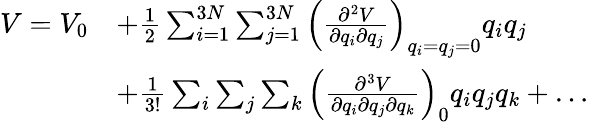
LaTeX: \begin{array}{rl}{V=V_{0}}&{+\frac{1}{2}\sum_{i=1}^{3N}\sum_{j=1}^{3N}\left(\frac{\partial^{2}V}{\partial q_{i}\partial q_{j}}\right)_{q_{i}=q_{j}=0}q_{i}q_{j}}\\ &{+\frac{1}{3!}\sum_{i}\sum_{j}\sum_{k}\left(\frac{\partial^{3}V}{\partial q_{i}\partial q_{j}\partial q_{k}}\right)_{0}q_{i}q_{j}q_{k}+\ldots}\end{array}